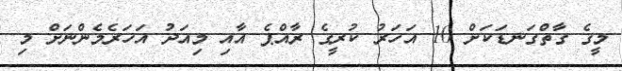
މީގެ ގާތްގަނޑަކަށް 10 އަހަރު ކުރީގެ ރާއްޕެ އާއި މިއަދު އަހަރެމެންނަށް މި